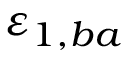
\varepsilon _ { 1 , b a }